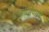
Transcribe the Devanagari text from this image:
प्रोमोथियसचे